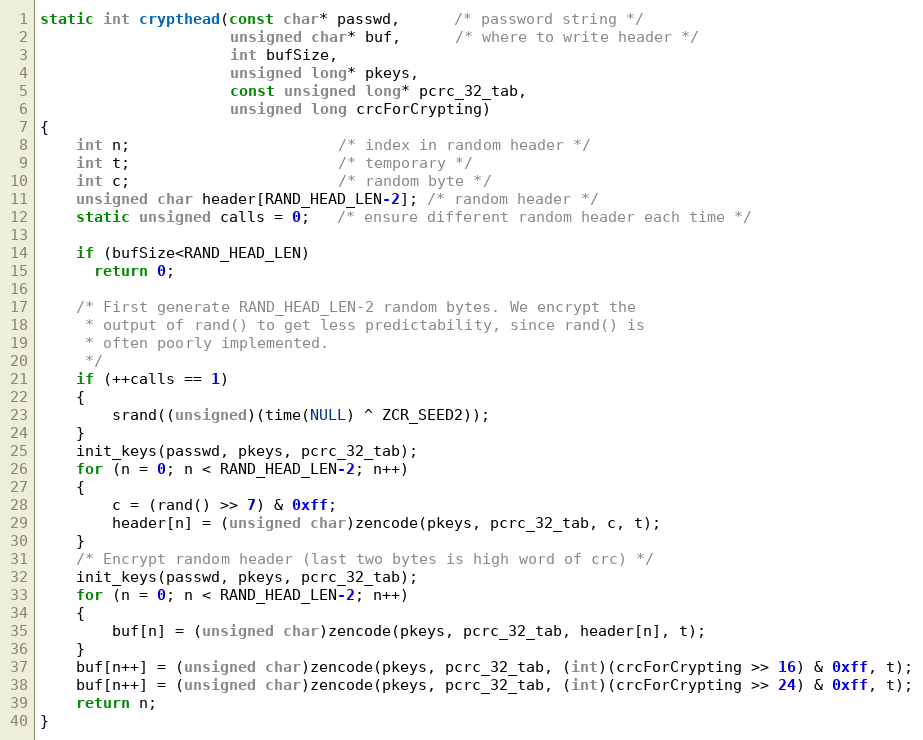
Language: C
static int crypthead(const char* passwd,      /* password string */
                     unsigned char* buf,      /* where to write header */
                     int bufSize,
                     unsigned long* pkeys,
                     const unsigned long* pcrc_32_tab,
                     unsigned long crcForCrypting)
{
    int n;                       /* index in random header */
    int t;                       /* temporary */
    int c;                       /* random byte */
    unsigned char header[RAND_HEAD_LEN-2]; /* random header */
    static unsigned calls = 0;   /* ensure different random header each time */

    if (bufSize<RAND_HEAD_LEN)
      return 0;

    /* First generate RAND_HEAD_LEN-2 random bytes. We encrypt the
     * output of rand() to get less predictability, since rand() is
     * often poorly implemented.
     */
    if (++calls == 1)
    {
        srand((unsigned)(time(NULL) ^ ZCR_SEED2));
    }
    init_keys(passwd, pkeys, pcrc_32_tab);
    for (n = 0; n < RAND_HEAD_LEN-2; n++)
    {
        c = (rand() >> 7) & 0xff;
        header[n] = (unsigned char)zencode(pkeys, pcrc_32_tab, c, t);
    }
    /* Encrypt random header (last two bytes is high word of crc) */
    init_keys(passwd, pkeys, pcrc_32_tab);
    for (n = 0; n < RAND_HEAD_LEN-2; n++)
    {
        buf[n] = (unsigned char)zencode(pkeys, pcrc_32_tab, header[n], t);
    }
    buf[n++] = (unsigned char)zencode(pkeys, pcrc_32_tab, (int)(crcForCrypting >> 16) & 0xff, t);
    buf[n++] = (unsigned char)zencode(pkeys, pcrc_32_tab, (int)(crcForCrypting >> 24) & 0xff, t);
    return n;
}